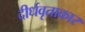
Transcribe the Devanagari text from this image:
दीर्धवृताकार